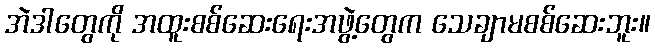
အဲဒါတွေကို အထူးစစ်ဆေးရေးအဖွဲ့တွေက သေချာမစစ်ဆေးဘူး။